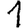
Digit: 1